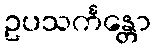
ဥပသင်္ကန္တော